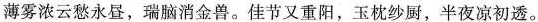
薄雾浓云愁永昼，瑞脑消金兽。佳节又重阳，玉枕纱厨，半夜凉初透。